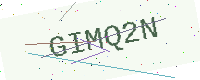
Text: GIMQ2N